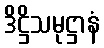
ဒိဋ္ဌိသမုဋ္ဌာနံ